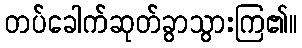
တပ်ခေါက်ဆုတ်ခွာသွားကြ၏။